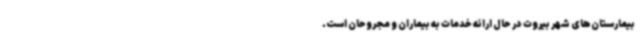
بیمارستان‌های شهر بیروت در حال ارائه خدمات به بیماران و مجروحان است.